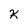
Character: K